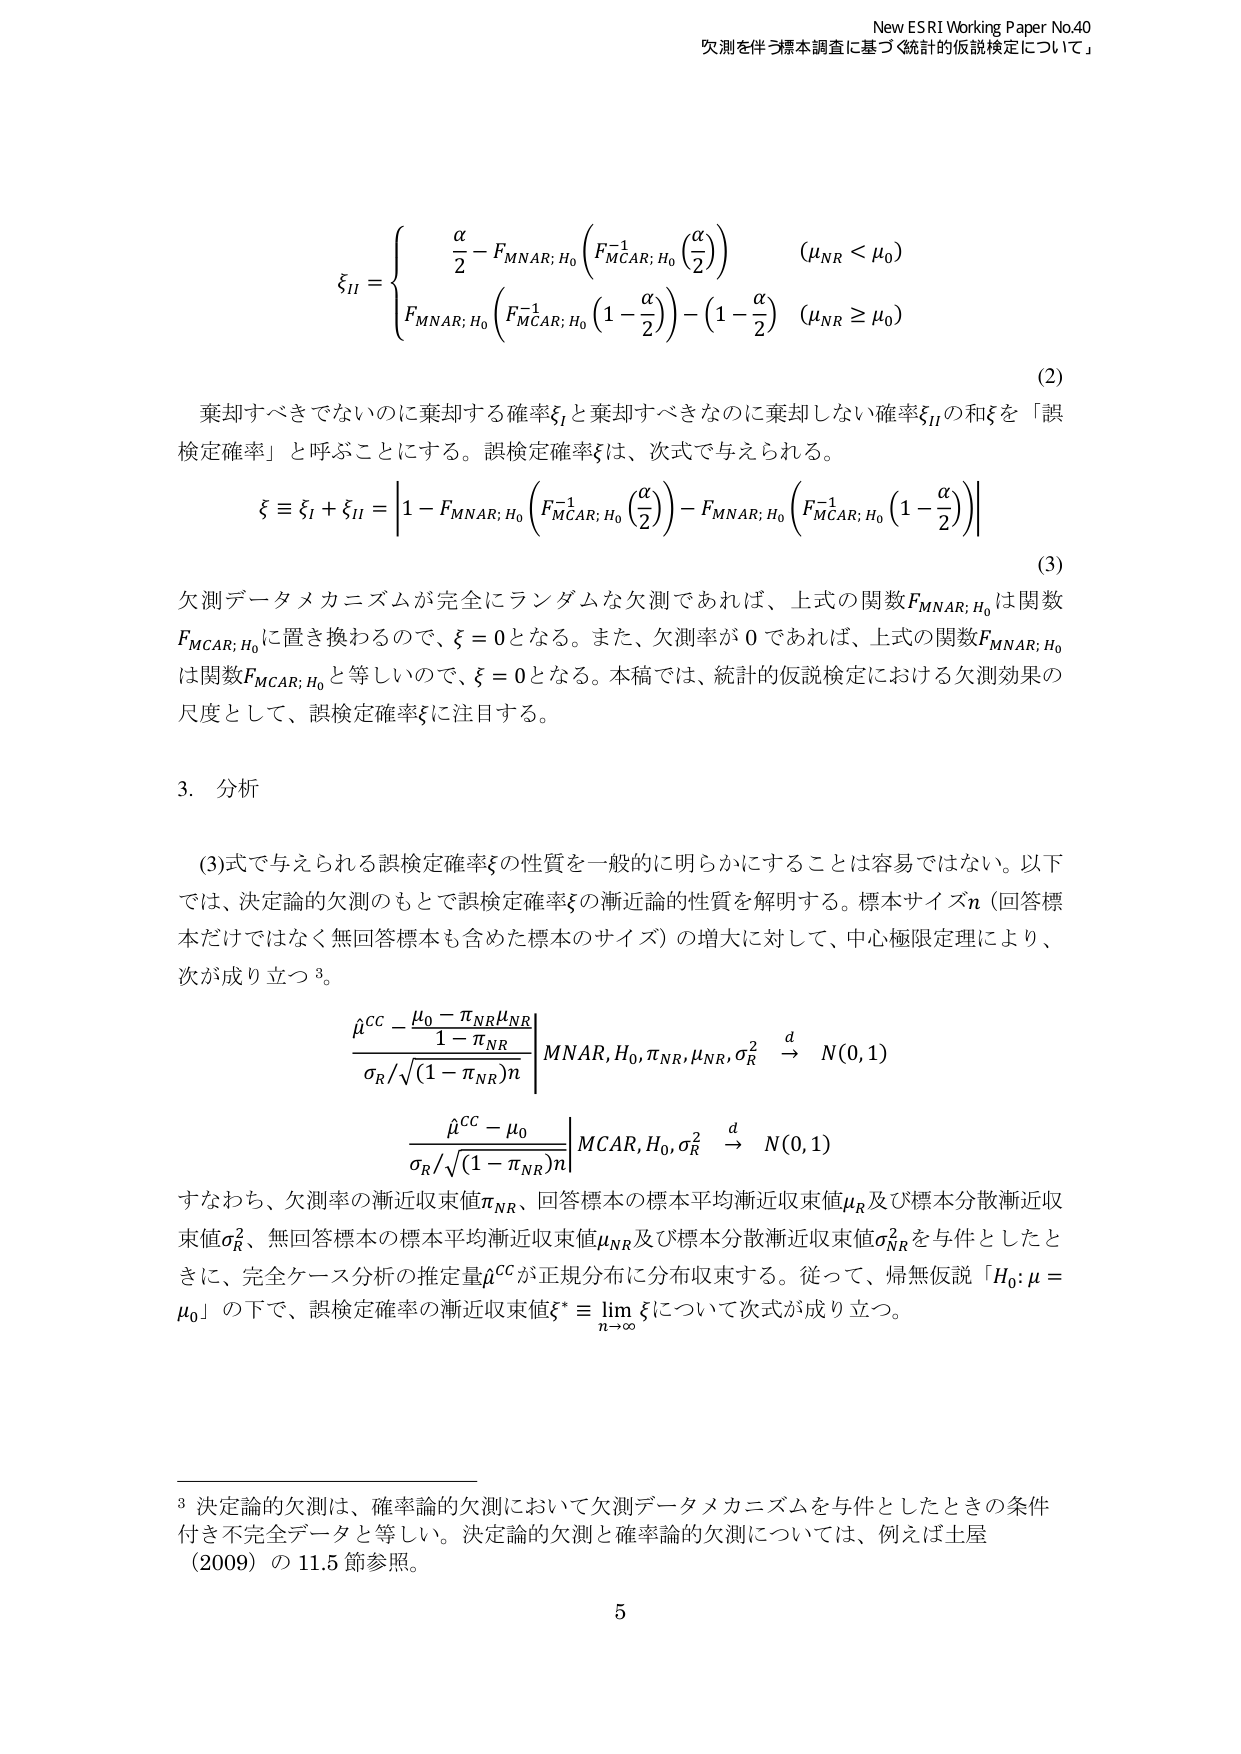
New ESRI Working Paper No.40
欠測を伴う標本調査に基づく統計的仮説検定について」

\[
\xi_{II} =
\begin{cases}
\displaystyle \frac{\alpha}{2} - F_{MNAR; \, H_0} \left( F_{MCAR; \, H_0}^{-1} \left( \frac{\alpha}{2} \right) \right) & (\mu_{NR} < \mu_0) \\
\displaystyle F_{MNAR; \, H_0} \left( F_{MCAR; \, H_0}^{-1} \left( 1 - \frac{\alpha}{2} \right) \right) - \left( 1 - \frac{\alpha}{2} \right) & (\mu_{NR} \ge \mu_0)
\end{cases}
\tag{2}
\]

棄却すべきでないのに棄却する確率 \(\xi_I\) と棄却すべきなのに棄却しない確率 \(\xi_{II}\) の和 \(\xi\) を「誤検定確率」と呼ぶことにする。誤検定確率 \(\xi\) は、次式で与えられる。

\[
\xi \equiv \xi_I + \xi_{II} = \left| 1 - F_{MNAR; \, H_0} \left( F_{MCAR; \, H_0}^{-1} \left( \frac{\alpha}{2} \right) \right) - F_{MNAR; \, H_0} \left( F_{MCAR; \, H_0}^{-1} \left( 1 - \frac{\alpha}{2} \right) \right) \right|
\tag{3}
\]

欠測データメカニズムが完全にランダムな欠測であれば、上式の関数 \(F_{MNAR; \, H_0}\) は関数 \(F_{MCAR; \, H_0}\) に置き換わるので、\(\xi = 0\) となる。また、欠測率が 0 であれば、上式の関数 \(F_{MNAR; \, H_0}\) は関数 \(F_{MCAR; \, H_0}\) と等しいので、\(\xi = 0\) となる。本稿では、統計的仮説検定における欠測効果の尺度として、誤検定確率 \(\xi\) に注目する。

3. 分析

(3)式で与えられる誤検定確率 \(\xi\) の性質を一般的に明らかにすることは容易ではない。以下では、決定論的欠測のもとで誤検定確率 \(\xi\) の漸近論的性質を解明する。標本サイズ \(n\)（回答標本だけではなく無回答標本も含めた標本のサイズ）の増大に対して、中心極限定理により、次が成り立つ \({}^3\)。

\[
\frac{\hat{\mu}^{CC} - \mu_0 - \pi_{NR} \mu_{NR}}{\sigma_R / \sqrt{(1 - \pi_{NR})n}} \xrightarrow{d} N(0,1) \quad \text{MNAR}, H_0, \pi_{NR}, \mu_{NR}, \sigma_R^2
\]

\[
\frac{\hat{\mu}^{CC} - \mu_0}{\sigma_R / \sqrt{(1 - \pi_{NR})n}} \xrightarrow{d} N(0,1) \quad \text{MCAR}, H_0, \sigma_R^2
\]

すなわち、欠測率の漸近収束値 \(\pi_{NR}\)、回答標本の標本平均漸近収束値 \(\mu_R\) 及び標本分散漸近収束値 \(\sigma_R^2\)、無回答標本の標本平均漸近収束値 \(\mu_{NR}\) 及び標本分散漸近収束値 \(\sigma_{NR}^2\) を与件としたときに、完全ケース分析の推定量 \(\hat{\mu}^{CC}\) が正規分布に分布収束する。従って、帰無仮説「\(H_0: \mu = \mu_0\)」の下で、誤検定確率の漸近収束値 \(\xi^* \equiv \displaystyle \lim_{n \to \infty} \xi\) について次式が成り立つ。

\footnotetext{3 決定論的欠測は、確率論的欠測において欠測データメカニズムを与件としたときの条件付き不完全データと等しい。決定論的欠測と確率論的欠測については、例えば土屋 (2009) の 11.5 節参照。}

5